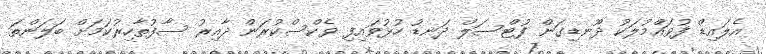
އެލައިޑް ފުވައްމުލަކު ދޫނޑިގަން ފުޓްސަލް ދަނޑު ހުޅުވައިފި ވެކްސްކުރަން ދާއިރު ސާފުތާހިރުކަމަށް ބަލަންތަ